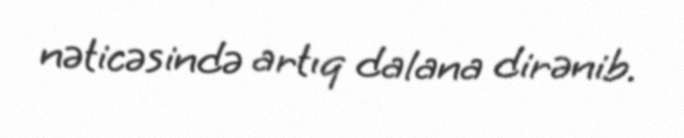
nəticəsində artıq dalana dirənib.